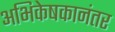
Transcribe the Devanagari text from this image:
अभिकेषकानंतर